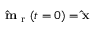
\mathbf { \hat { m } } _ { \mathrm { ~ r ~ } } ( t = 0 ) = \mathbf { \hat { x } }